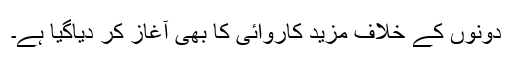
دونوں کے خلاف مزید کاروائی کا بھی آغاز کر دیاگیا ہے۔